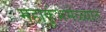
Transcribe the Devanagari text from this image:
महाकुंभमेळ्यात